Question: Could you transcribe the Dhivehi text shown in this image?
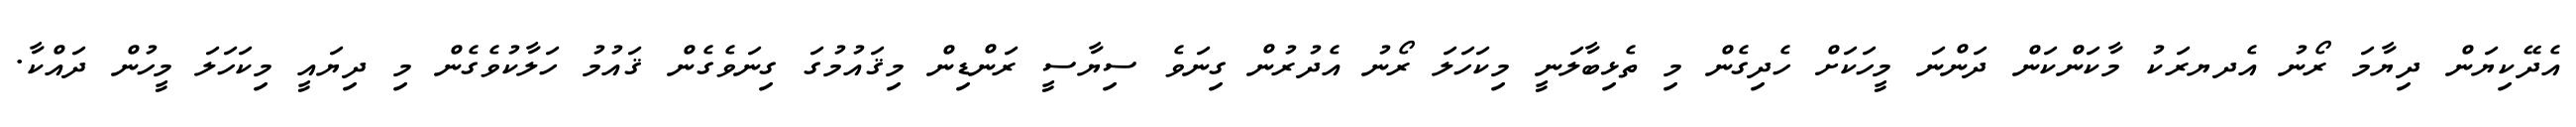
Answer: އެދޭކިޔަން ދިޔާމަ ރޯނު އެދޔރަކު މާކަންކަން ދަންނަ މީހަކަށް ހެދިގެން މި ތެޅިބާލަނީ މިކަހަލަ ރޯނު އެދުރުން ގިނަވެ ސިޔާސީ ރަންޑިން މިޤައުމުގަ ގިނަވެގެން ޤައުމު ހަލާކުވެގެން މި ދިޔައީ މިކަހަލަ މީހުން ދައްކާ.